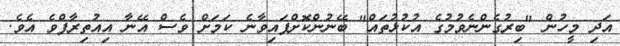
އަދި މީހުން "ބިރުގެންނެވުމުގެ އުކުޅުތައް" ބޭނުންކޮށްފައިވާނެ ކަމަށް ވެސް އޭނާ އިއުތިރާފްވެ އެވެ.